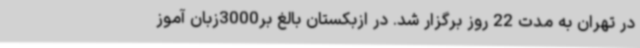
در تهران به مدت 22 روز برگزار شد. در ازبکستان بالغ بر3000زبان آموز